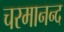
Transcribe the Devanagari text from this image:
चरमानन्द